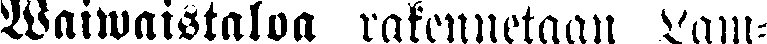
Waiwaistalon rakennetaan Lam-